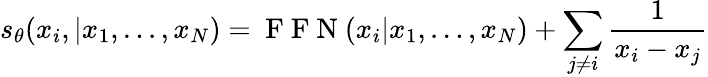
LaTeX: s_{\theta}(x_{i},|x_{1},\dots,x_{N})=\mathrm{~F~F~N~}(x_{i}|x_{1},\dots,x_{N})+\sum_{j\neq i}\frac{1}{x_{i}-x_{j}}